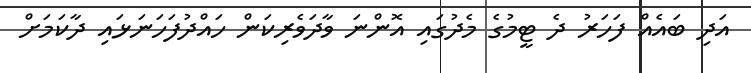
އަދި ބައެއް ފަހަރު ދެ ޓީމުގެ މެދުގައި އޮންނަ ވާދަވެރިކަން ހައްދުފަހަނަޅައި ދާކަމަށް